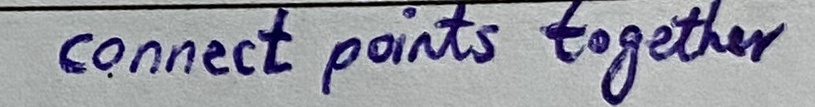
Text: connect points together